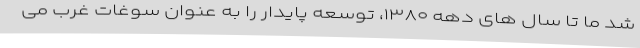
شد ما تا سال های دهه ۱۳۸۰، توسعه پایدار را به عنوان سوغات غرب می